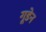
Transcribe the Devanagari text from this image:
गूडेन